Medical and sanitary report of the native army of Bengal for the year
Year: 1878
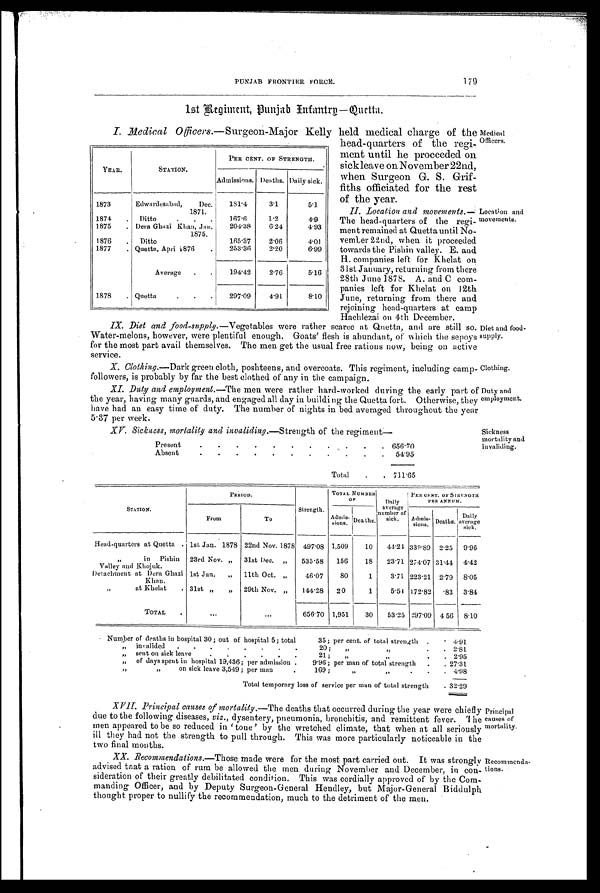
Clothing.
Duty and
employment.
Medical
Officers.
Location and
movements.
PUNJAB FRONTIER FORCE
179
1st Regiment, punjab Infantry —Quetta.
I. Medical Officers.—Surgeon-Major Kelly held medical charge of the
head-quarters of the regi-
ment until he proceeded on
sick leave on November 22nd,
when Surgeon G. S. Grif-
fiths officiated for the rest
of the year.
II. Location and movements.—
The head-quarters of the regi-
meat remained at Quetta until No-
vember 22nd, when it proceeded
towards the Pishin valley. E. and
H. companies left for Khelat on
31st January, returning from there
28th June 1878. A. and C com-
panies left for Khelat on 12th
June, retu6rning from there and
rejoining head-quarters at camp
Hachlezai on 4th December.
IX. Diet and food-supply.—Vegetables were rather scarce at Quetta, and are still so.
Water-melons, however, were plentiful enough. Goats' flesh is abundant, of which the sepoys
for the most part avail themselves. The men get the usual free rations now, being on active
service.
X. Clothing.—Dark green cloth, poshteens, and overcoats. This regiment, including camp-
followers, is probably by far the best clothed of any in the campaign.
IX. Duty and employment.—The men were rather hard-worked during the early part of
the year, having many guards, and engaged all day in building the Quetta fort. Otherwise, they
have had an easy time of duty. The number of nights in bed averaged throughout the year
5.37 per week.
XV. Sickness. mortality and invaliding.—Strength of the regiment—
Present . . . . . . . . . . . 6 5 6 . 7 0
Absent
. . . . . . . . . . . 5 4 . 9 5
Total . . 711.65
YEAR.
STATION.
PER CENT. OF STRENGTH.
Admissions. Deaths. Daily sick.
1873
Edwardesabad, Dec.
1871.
181.4
3.1
5.1
1874 . Ditto
167.6
1.2
4.9
1875 . Dera Ghazi Khan, Jan.
1875.
204.38 6.24
4.93
1876 . Ditto
165.37 2.06
4.01
1877 . Quetta, Apri 1876 . 253.36 2.20
6.99
Average . . 194.42 2.76
5.16
1878 . Quetta
. . . 297.09 4.91
8.10
Diet and food-
supply.
Sickness
mortality and
invaliding.
STATION.
P E R I O D .
Strength.
TOTAL NUMBER
OF
Daily
average
number of
sick.
PER CENT. OF STRENGT
H PER ANNUM.
From
To
Admi ssi ons. De a t hs .
Admi ssi ons. Deaths. Daily
average sick.
Head-quarters at Quetta . 1st Jan. 1878 22nd Nov. 1878 497.08 1,509 10 44.21 339.89 2.25 9.96
,,
in Pishin
Valley and Khojuk.
23rd Nov. „ 31st Dec. „ 535.58 156 18 23.71 274.07 31.44 4.42
Detachment at Dera Ghazi
Khan.
1st Jan. „ 11th Oct. „ 46.07 80
1 3.71 223.21 2.79 8.05
,,
at Khelat . 31st „ „ 29th Nov. „ 144.28 20
1 5.54 172.82
. 8 3 3.84
TOTAL .
...
...
656.70 1,951 30 53.25 297.09 4 56 8.10
Number of deaths in hospital 30; out of hospital 5; total
35; per cent. of total strength . . 4 . 9 1
„ invalided . . . . . . . .
20; , ,
. . 2 . 8 1
„ sent on sick leave
. .
.
.
21 ; „
,,
. . 2.95
„ of days spent in hospital 19,436; per admission . 9.96; per man of total strength . . 27.31
, ,
„ on sick leave 3,5649 ; per man
169 ;
, ,
, ,
, , 4.98
Total temporary loss of service
per man of total strength . 3 2 . 2 9
XVII. Principal causes of mortality.— The deaths that occurred during the year were chiefly
due to the following diseases, viz., dysentery, pneumonia, bronchitis, and remittent fever. The
men appeared to be so reduced in ' tone' by the wretched climate, that when at all seriously
ill they had not the strength to pull through. This was more particularly noticeable in the
two final months.
XX. Recommendations.—Those made were for the most part carried out. It was strongly
advised tnat a ration of rum be allowed the men during November and December, in con-
sideration of their greatly debilitated condition. This was cordially approved of by the Com-
manding Officer, and by Deputy Surgeon-General Hendley, but Major-General Biddulph
thought proper to nullify the recommendation, much to the detriment of the men.
Principal
causes of
mortality.
Recommenda-
tions.